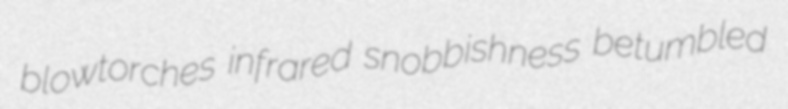
blowtorches infrared snobbishness betumbled